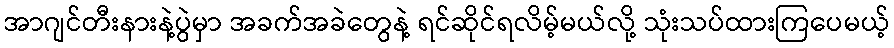
အာဂျင်တီးနားနဲ့ပွဲမှာ အခက်အခဲတွေနဲ့ ရင်ဆိုင်ရလိမ့်မယ်လို့ သုံးသပ်ထားကြပေမယ့်